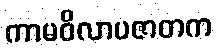
ကာမဝိလာပဇာတက